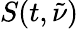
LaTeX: S(t,\tilde{\nu})